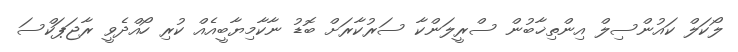
ލޯކަލް ކައުންސިލް އިންތިޚާބުން ސްރީލަންކާ ސަރުކާރަށް ބޮޑު ނާކާމިޔާބީއެއް ކުރި ހޯއްދެވީ ރާޖަޕަކްސަ